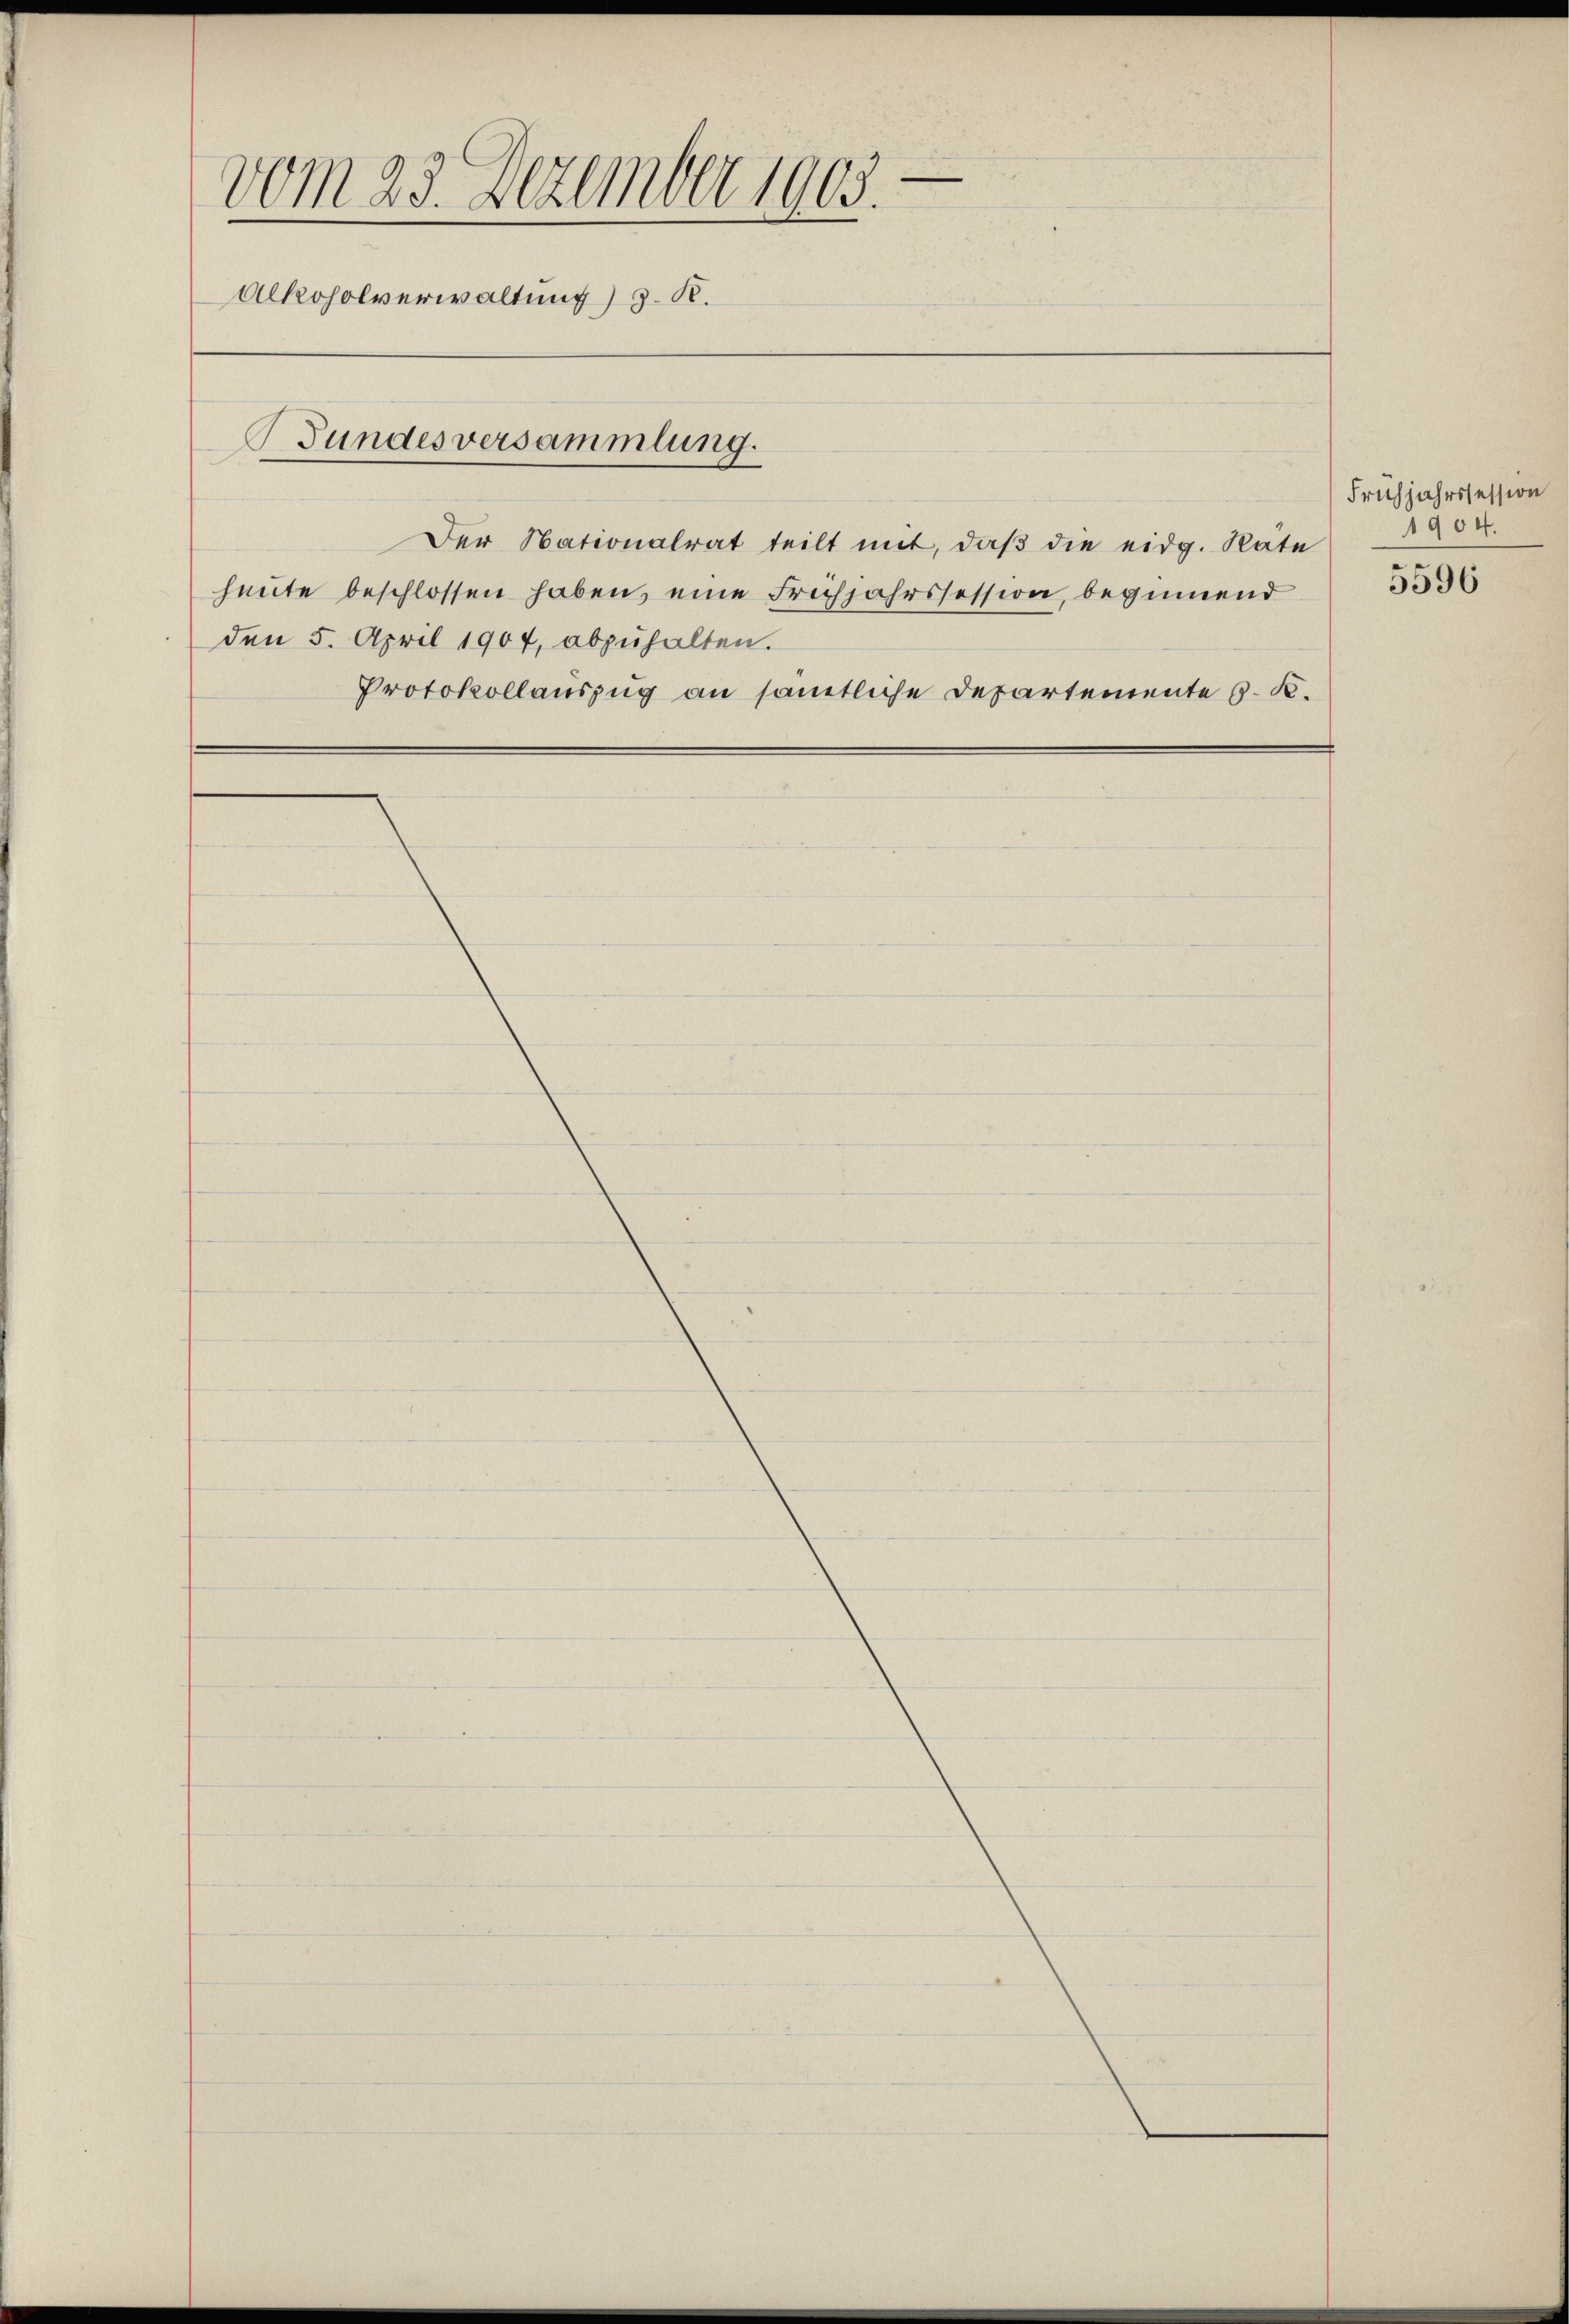
vom 23. Dezember 1903.
Alkoholverwaltung) z. R.
Bundesversammlung.

Der Nationalrat teilt mit, daß die eidg. Rate
heŭte beschlossen haben, eine Frühjahrssession, beginnend
den 5. April 1907, abzŭhalten.
Protokollauszug an sämtliche Departemente s. K.

Frühjahrssession
1904.

5596